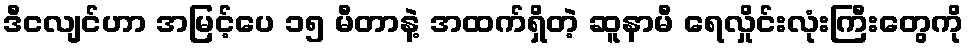
ဒီငလျင်ဟာ အမြင့်ပေ ၁၅ မီတာနဲ့ အထက်ရှိတဲ့ ဆူနာမီ ရေလှိုင်းလုံးကြီးတွေကို